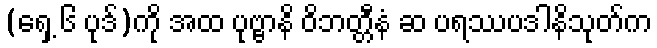
(ရှေ့ ၆ ပုဒ်)ကို အထ ပုဗ္ဗာနိ ဝိဘတ္တီနံ ဆ ပရဿပဒါနိသုတ်က